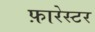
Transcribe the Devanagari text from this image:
फ़ारेस्टर